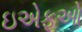
ઇએફઓ